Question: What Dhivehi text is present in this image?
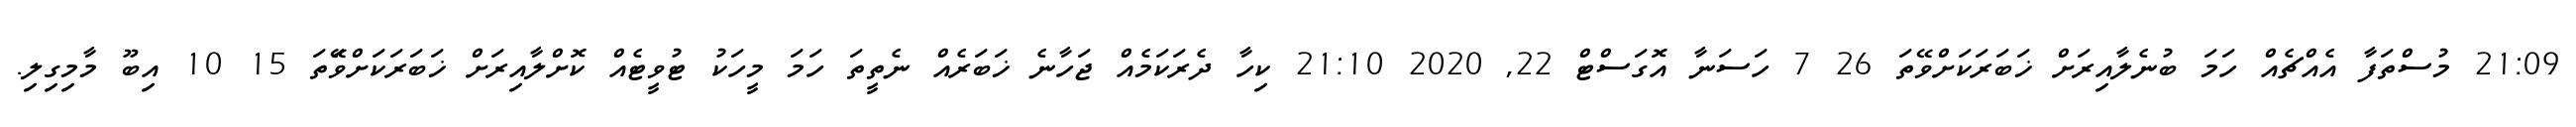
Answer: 21:09 މުސްތަފާ އެއްޗެއް ހަމަ ބުނެލާއިރަށް ޚަބަރަކަށްވޭތަ 26 7 ހަސަނާ އޮގަސްޓް 22, 2020 21:10 ކިހާ ދެރަކަމެއް ޖަހާނެ ޚަބަރެއް ނެތީތަ ހަމަ މީހަކު ޓުވީޓެއް ކޮށްލާއިރަށް ޚަބަރަކަށްވޭަތަ 15 10 އިބޫ މާމިގިލި.